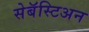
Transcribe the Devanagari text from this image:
सेबॅस्टिअन